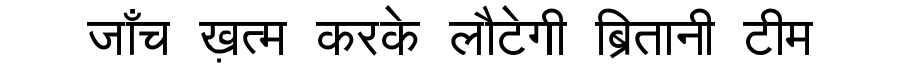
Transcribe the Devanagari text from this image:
जाँच ख़त्म करके लौटेगी ब्रितानी टीम